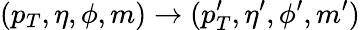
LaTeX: (p_{T},\eta,\phi,m)\rightarrow(p_{T}^{\prime},\eta^{\prime},\phi^{\prime},m^{\prime})